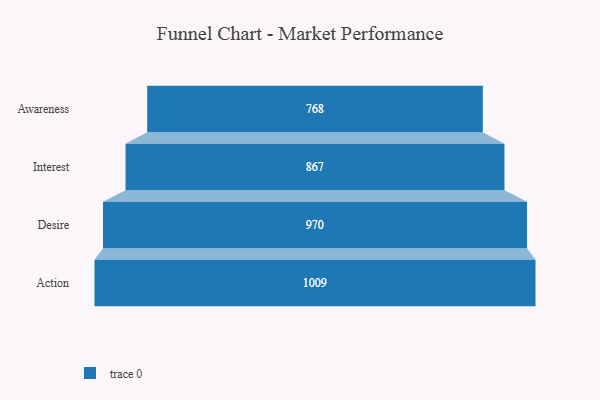
{"axis": {"x": "Stage", "y": "Value"}, "legend": [""], "data": [{"x": "Awareness", "y": 768.0, "type": ""}, {"x": "Interest", "y": 867.0, "type": ""}, {"x": "Desire", "y": 970.0, "type": ""}, {"x": "Action", "y": 1009.0, "type": ""}]}